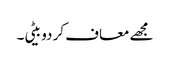
مجھے معاف کر دو بیٹی۔